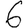
Digit: 6